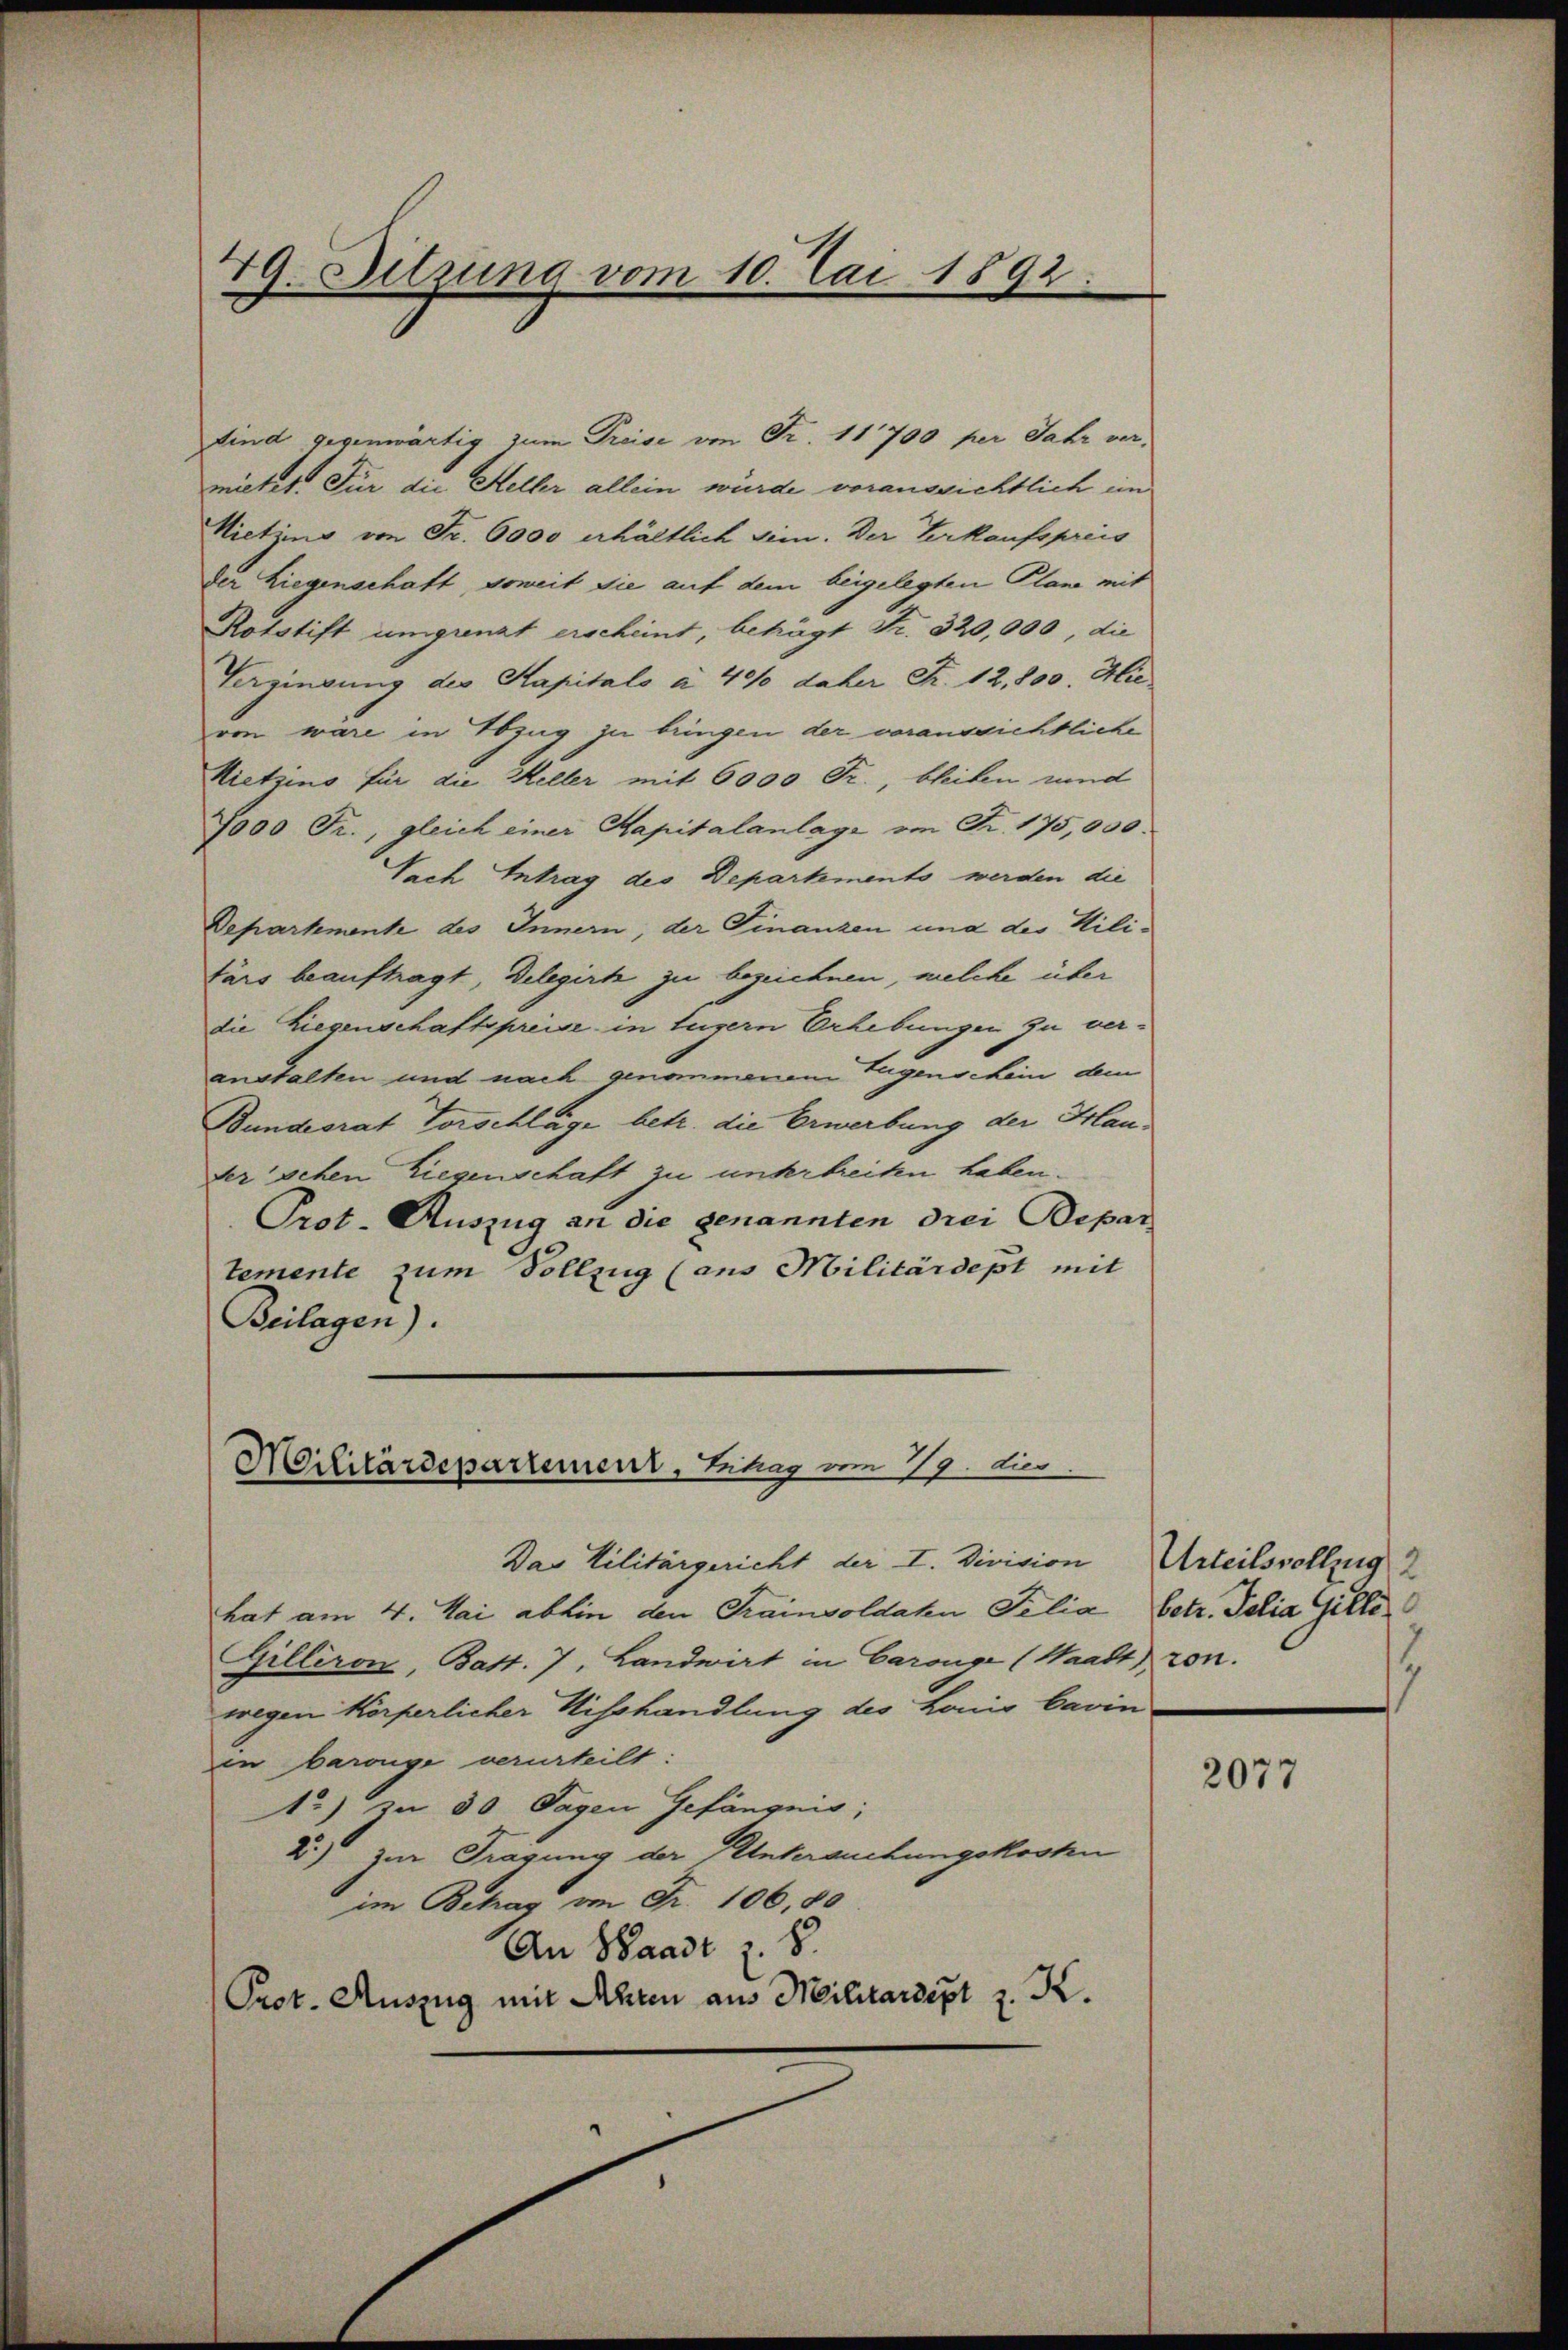
79. Sitzung vom 10. Mai 1892.

Sind gegenwärtig zum Preise von Fr. 11700 per Jahr vermietet. Für die Heller allein würde voraussichtlich im
Nietzins von Fr. 6000 erhältlich sie. Der Verkaufspreis
der Liegenschaft, soweit sie auf dem beigelegten Plane mit
Rotstift umganat erscheint, beträgt Fr. 320,000, die
Vergingung des Kapitalo à 40% daher S. 12,800. Hie
von wäre in Bezug zu bringen der vorausrichtliche
Nietzins für die Heller mit 6000 Fr., bleiben rund
7000 Fr., gleich einer Mapitalanlage im Fr. 175,000.
Sach Antrag des Departemento werden die
Departemente des Innern, der Finanzen und der Mili¬
Färs beauftragt, Delegirt zu bezeichnen, welche über
die Liegenschaftspreise in Luzern Erhebungen zu veranstalten und nach genommenen Eugenschein dem
Bundesrat Vorschlage betr. die Erwerbung der Frauder schen Liegenschaft zu unterbreiten haben.
Prot. Auszug an die genannten drei Depar
temente zum Vollzug (aus Militärdept mit
Beilagen).

Militärdepartement, Bihag vom 19. dies

Das Militärgericht der I. Division
hat am 4. Mai abhin den Trainsoldaten Felia, betr. Telia Gilli
Gilliron, Batt. 7, Landwirt in Carouge (Waadt von.
wegen Körperlicher Misshandlung des Lonis barin
in barouge verurteilt:
1) zu 30 Tagen Gefängnis;
2) zur Tragung der Untersuchungskosten
im Betrag von Fr. 106, 80
An Waadt z. B.
Prot. Auszug mit Ahren aus Militardert z. K.

Urteilsvollzug 2
.

2077